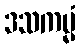
ဒသကမ္မံ